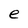
Character: e